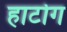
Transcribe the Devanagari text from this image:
हार्टोग